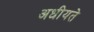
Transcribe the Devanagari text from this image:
अधीयते